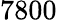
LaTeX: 7800